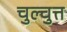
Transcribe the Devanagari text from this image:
चुल्चुत्त